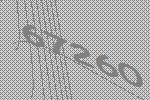
67260